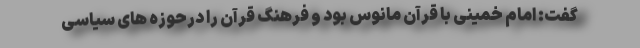
گفت: امام خمینی با قرآن مانوس بود و فرهنگ قرآن را درحوزه های سیاسی